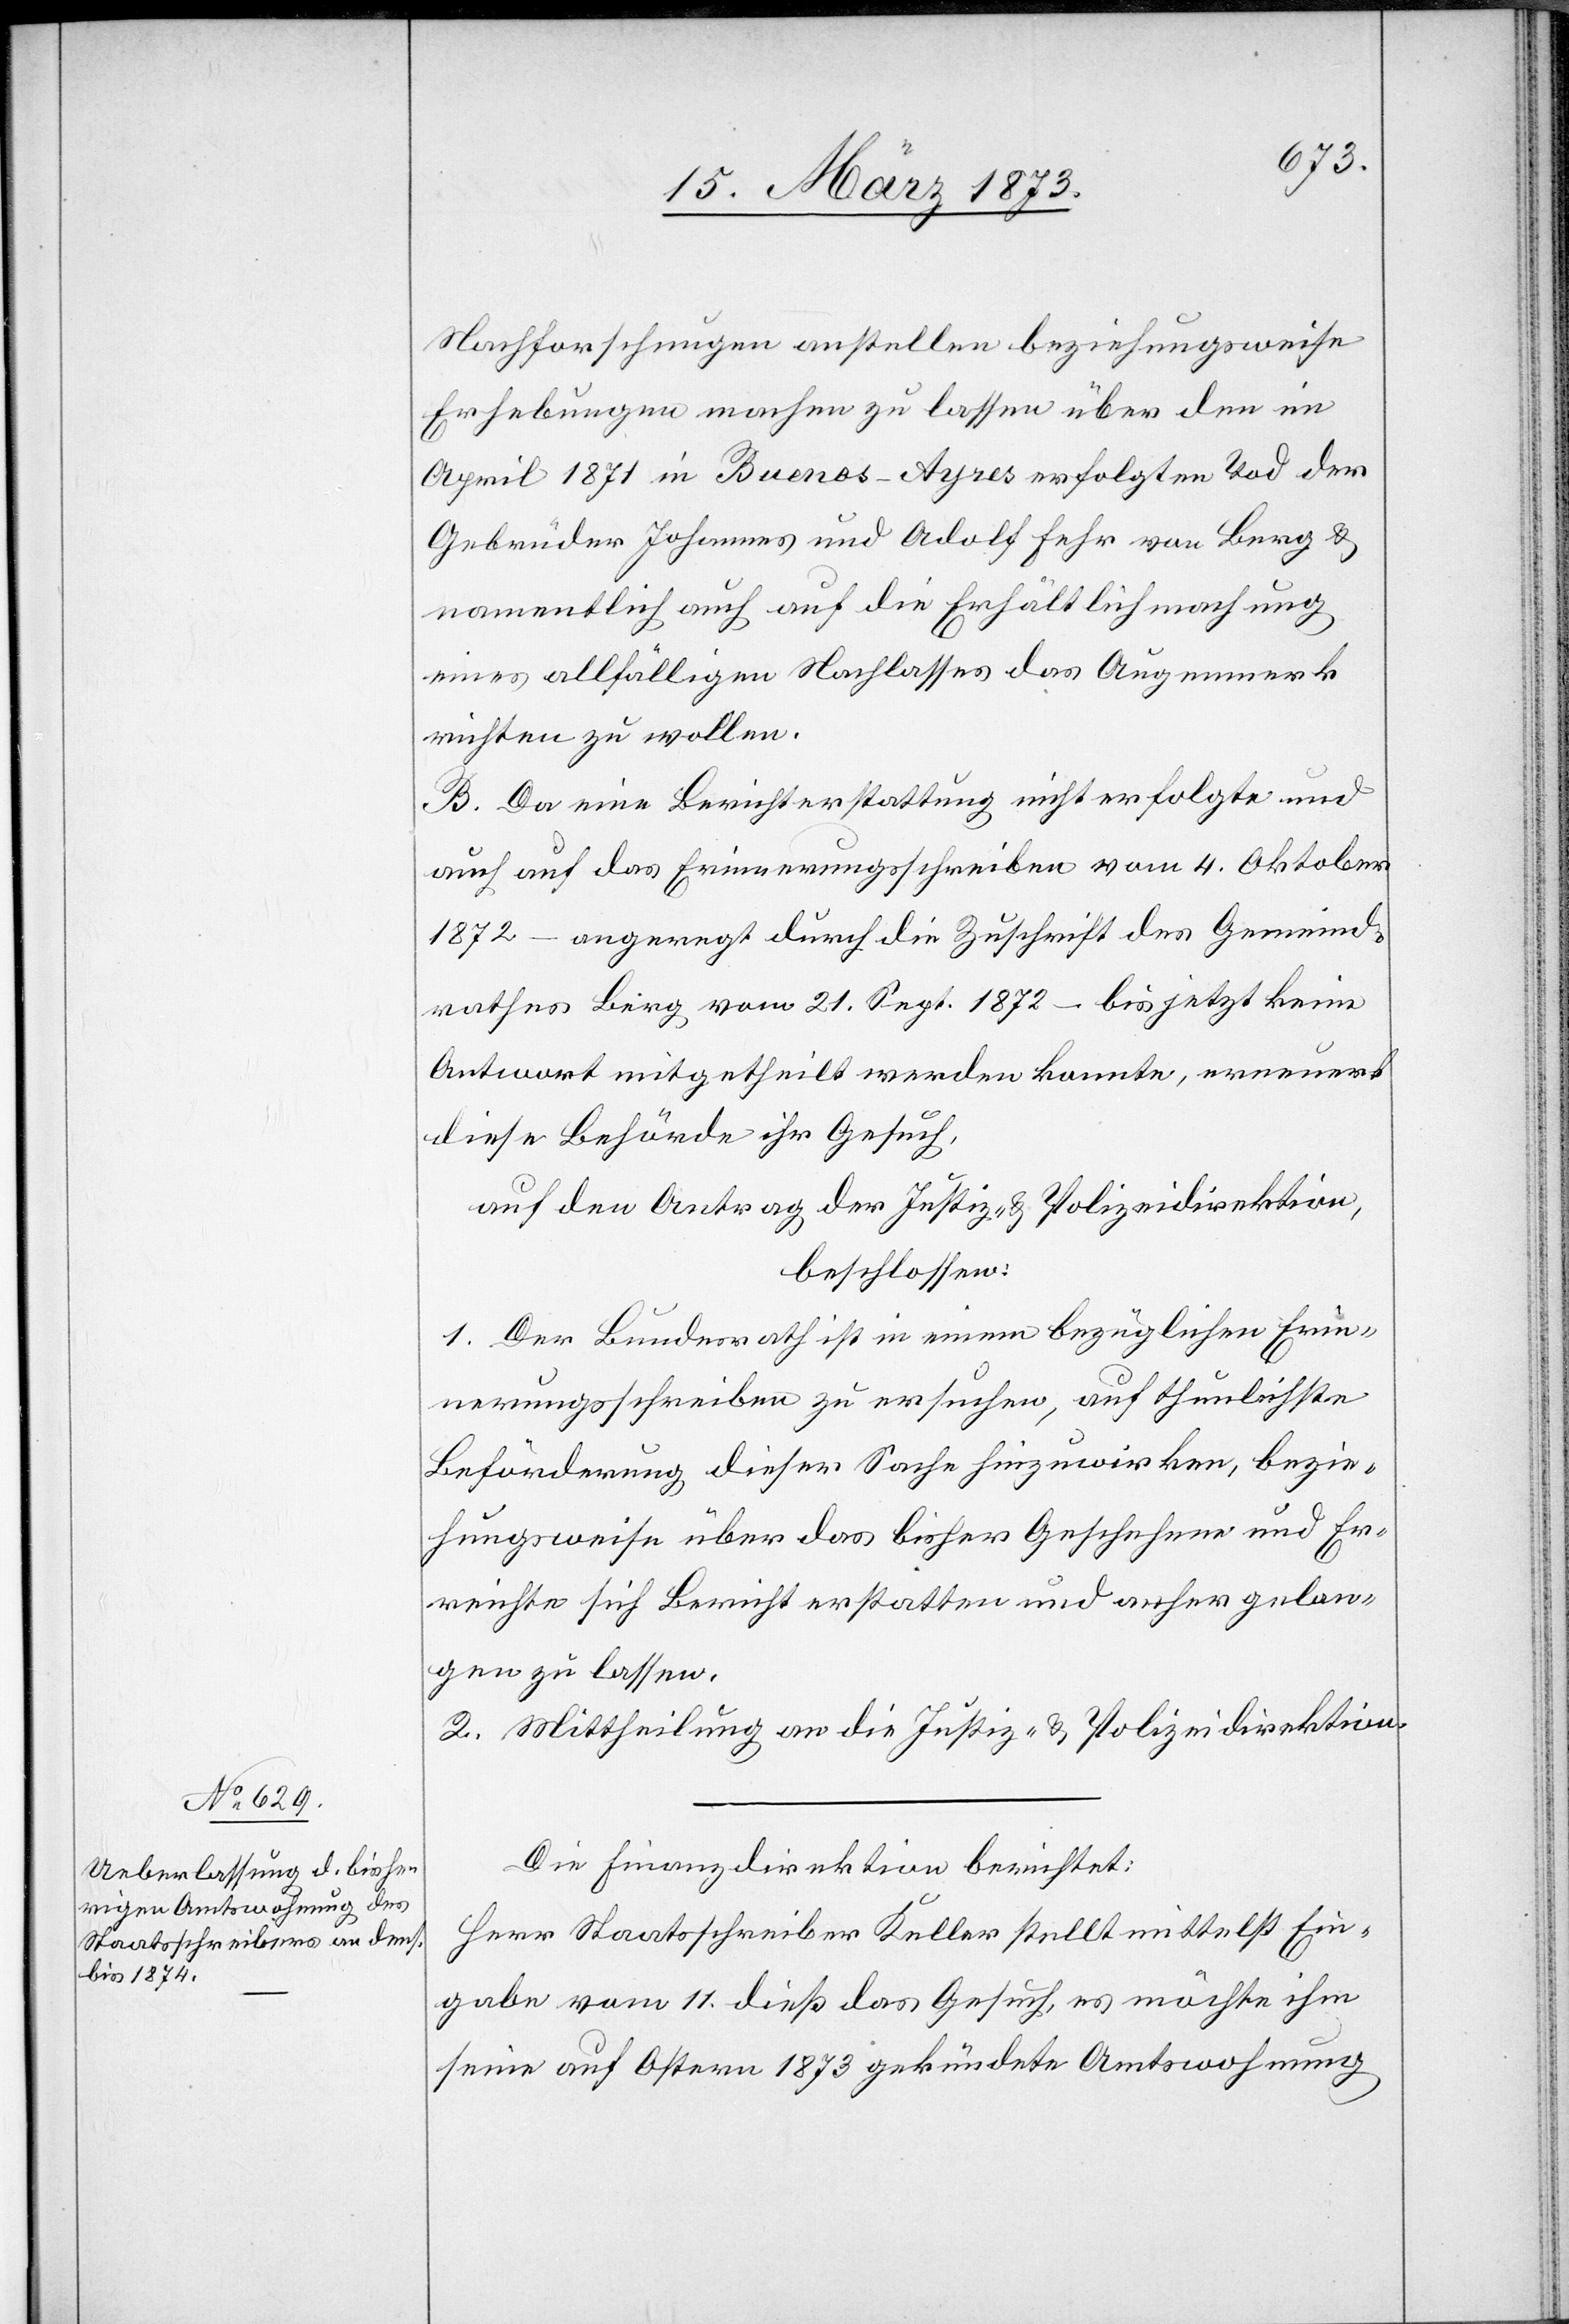
Nachforschungen anstellen beziehungsweise
Erhebungen machen zu lassen über den im
April 1871 in Buenos-Ayres erfolgten Tod der
Gebrüder Johannes und Adolf Fehr von Berg u.
namentlich auch auf die Erhältlichmachung
eines allfälligen Nachlasses das Augenmerk
richten zu wollen.
B. Da eine Berichterstattung nicht erfolgte und
auch auf das Erinnerungsschreiben vom 4. Oktober
1872 – angeregt durch die Zuschrift des Gemeind¬
rathes Berg vom 21. Sept. 1872 – bis jetzt keine
Antwort mitgetheilt werden konnte, erneuert
diese Behörde ihr Gesuch.
auf den Antrag der Justiz- u. Polizeidirektion,
beschlossen:
1. Der Bundesrath ist in einem bezüglichen Erin¬
nerungsschreiben zu ersuchen, auf thunlichste
Beförderung dieser Sache hinzuwirken, bezie¬
hungsweise über das bisher Geschehene und Er¬
reichte sich Bericht erstatten und anher gelan¬
gen zu lassen.
2. Mittheilung an die Justiz- u. Polizeidirektion.
Die Finanzdirektion berichtet:
Herr Staatsschreiber Keller stellt mittelst Ein¬
gabe vom 11. dieß das Gesuch, es möchte ihm
seine auf Ostern 1873 gekündete Amtswohnung